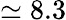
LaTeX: \simeq 8.3